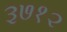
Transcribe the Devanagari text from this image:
३७१२